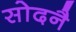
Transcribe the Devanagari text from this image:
सोदनै